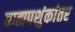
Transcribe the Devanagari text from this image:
बाह्यपशुंकांतर